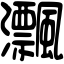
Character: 𤅜